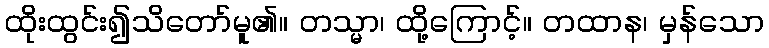
ထိုးထွင်း၍သိတော်မူ၏။ တသ္မာ၊ ထို့ကြောင့်။ တထာန၊ မှန်သော